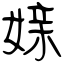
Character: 媇